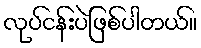
လုပ်ငန်းပဲဖြစ်ပါတယ်။